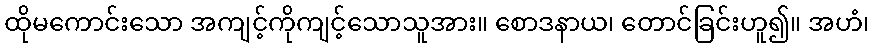
ထိုမကောင်းသော အကျင့်ကိုကျင့်သောသူအား။ စောဒနာယ၊ တောင်ခြင်းဟူ၍။ အဟံ၊